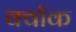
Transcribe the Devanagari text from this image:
क्वॉक